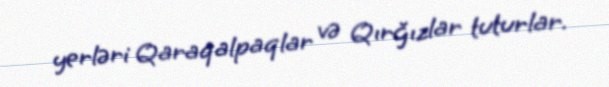
yerləri Qaraqalpaqlar və Qırğızlar tuturlar.